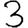
Digit: 3